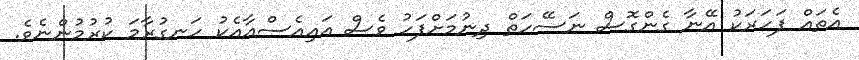
އެތައް ފަހަރަކު އޭނާ ގެންގޮސް ނަސޭހަތް ދިނުމަށްފަހު ވެސް އައިއެސްއާއެކު ހަނގުރާމަ ކުރުމުންނެވެ.